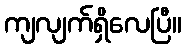
ကျလျက်ရှိလေပြီ။